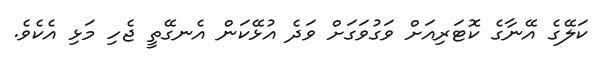
ކަލޭގެ އޭނާގެ ކޮޓަރިއަށް ވަގުވަގަށް ވަދެ އުޅޭކަން އެނގޭތީ ޖެހި މަޅި އެކެވެ.